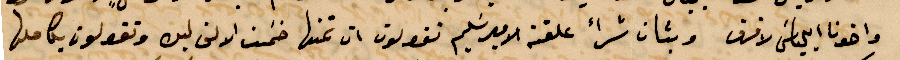
واخونا ايلياس لا فرق وبتان شراء علقنة الأمير سليم تقولون ان تمنها خمسة الاف ايره وتقولون بكاملها